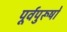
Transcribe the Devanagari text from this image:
पूर्वपुरूषों